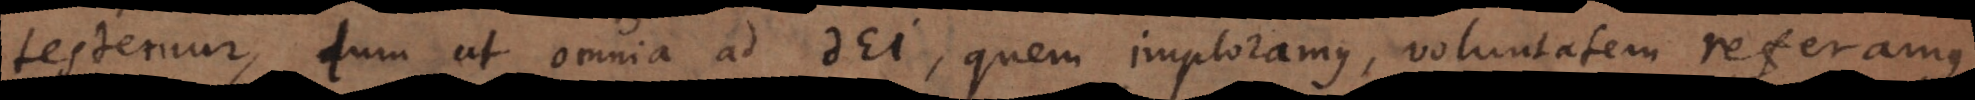
testemur, tum ut omnia ad Dei, quem imploramus, voluntatem referamus,